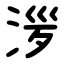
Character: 㳨